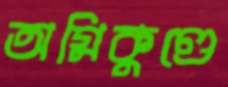
অগ্নিকুণ্ডে